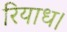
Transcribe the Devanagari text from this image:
रियाध।